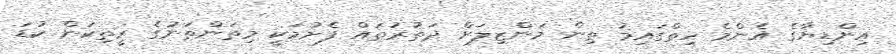
އިންޑިޔާގެ އެންމެ ހިތްގައިމު ތިން މަންޒިލަށް ދަތުރުތައް ފެށުމަކީ މިތަންތަނުގެ ރީތިކަން ކުޑަ